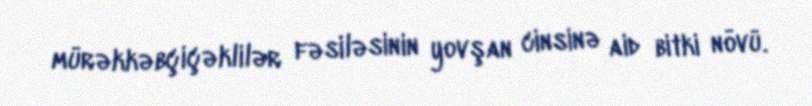
mürəkkəbçiçəklilər fəsiləsinin yovşan cinsinə aid bitki növü.